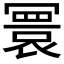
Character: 𫤻